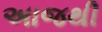
અાજથી